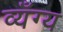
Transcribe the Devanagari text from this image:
व्यँग्य